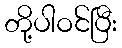
တို့ပါဝင်ပြီး